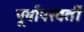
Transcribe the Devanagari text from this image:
पूर्वापरवर्ती